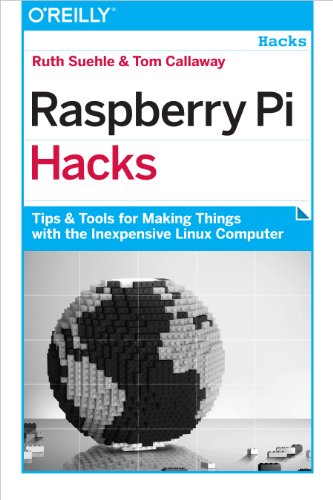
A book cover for Raspberry Pi Hacks: Tips & Tools for Making Things with the Inexpensive Linux Computer; Ruth Suehle; Computers & Technology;